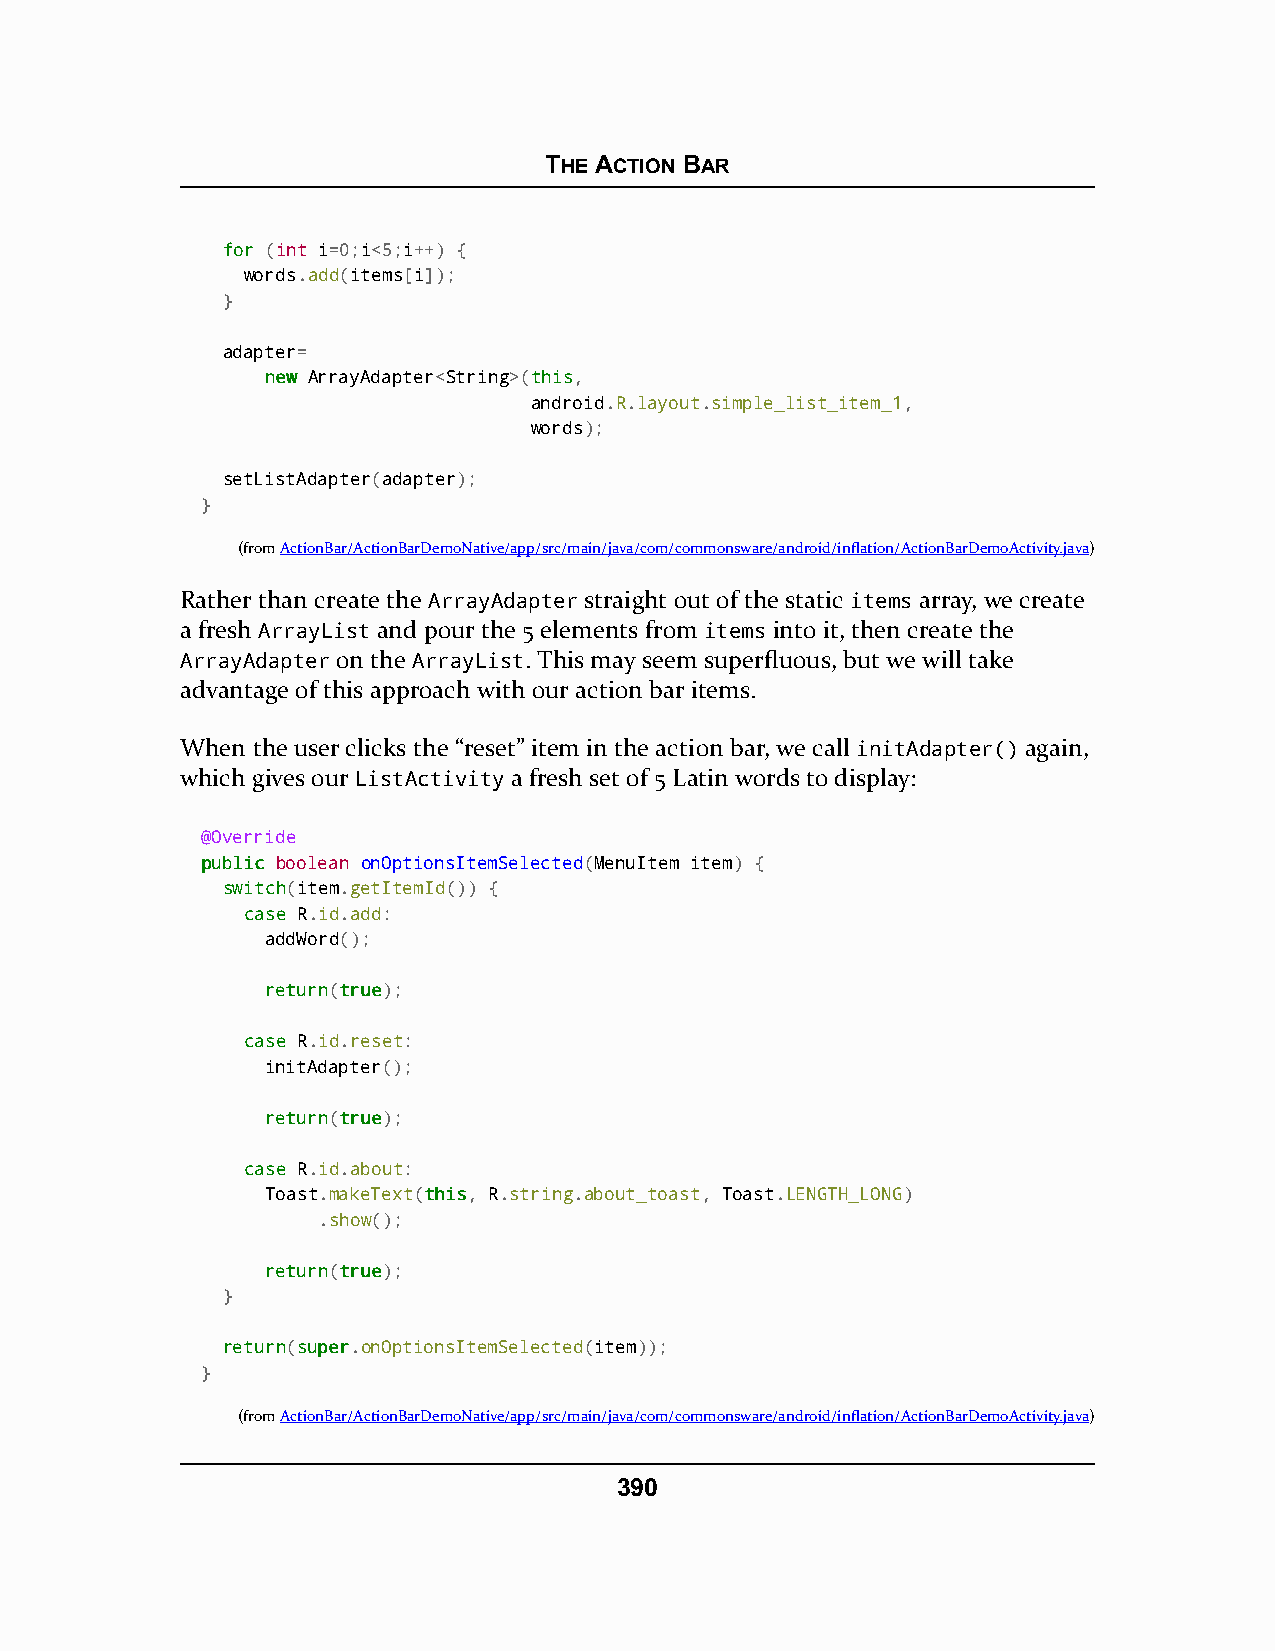
THE ACTION BAR
 ffoorr (int i=0;i<5;i++) {
 words.add(items[i]);
 }
 adapter=
 nneeww ArrayAdapter<String>(tthhiiss,
 android.R.layout.simple_list_item_1,
 words);
 setListAdapter(adapter);
 }
 (fromActionBar/ActionBarDemoNative/app/src/main/java/com/commonsware/android/inflation/ActionBarDemoActivity.java)
 Rather than create the ArrayAdapter straight out of the static items array, we create
 a fresh ArrayList and pour the 5 elements from items into it, then create the
 ArrayAdapter on the ArrayList. This may seem superfluous, but we will take
 advantage of this approach with our action bar items.
 When the user clicks the “reset” item in the action bar, we call initAdapter() again,
 which gives our ListActivity a fresh set of 5 Latin words to display:
 @Override
 ppuubblliicc boolean onOptionsItemSelected(MenuItem item) {
 sswwiittcchh(item.getItemId()) {
 ccaassee R.id.add:
 addWord();
 rreettuurrnn(ttrruuee);
 ccaassee R.id.reset:
 initAdapter();
 rreettuurrnn(ttrruuee);
 ccaassee R.id.about:
 Toast.makeText(tthhiiss, R.string.about_toast, Toast.LENGTH_LONG)
 .show();
 rreettuurrnn(ttrruuee);
 }
 rreettuurrnn(ssuuppeerr.onOptionsItemSelected(item));
 }
 (fromActionBar/ActionBarDemoNative/app/src/main/java/com/commonsware/android/inflation/ActionBarDemoActivity.java)
 390